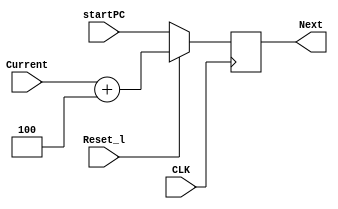

module ProgramCounter(Next, Current, Reset_l, startPC,CLK);
output [31:0] Next;
input [31:0] Current, startPC;
input Reset_l;
input CLK;

reg [31:0] Next;

always @(negedge CLK)
begin
 if (Reset_l==0)
	Next<=startPC;
 else
 Next <= Current+32'd4;
end
endmodule